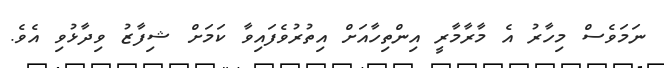
ނަމަވެސް މިހާރު އެ މާރާމާރީ އިންތިހާއަށް އިތުރުވެފައިވާ ކަމަށް ޝިފާޒު ވިދާޅުވި އެވެ.